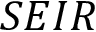
S E I R